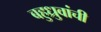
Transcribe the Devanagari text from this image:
बहुध्रुवांची